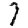
Digit: 7